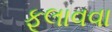
ફૂલાવવા